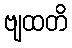
ဗျထတိ